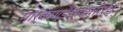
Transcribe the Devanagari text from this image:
मार्कण्डेश्वरतीर्थ